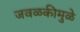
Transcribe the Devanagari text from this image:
जवळकीमुळे